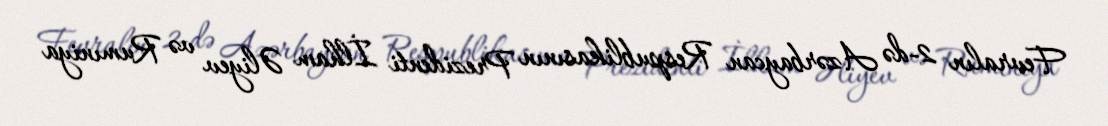
Fevralın 2-də Azərbaycan Respublikasının Prezidenti İlham Əliyev və Rumıniya